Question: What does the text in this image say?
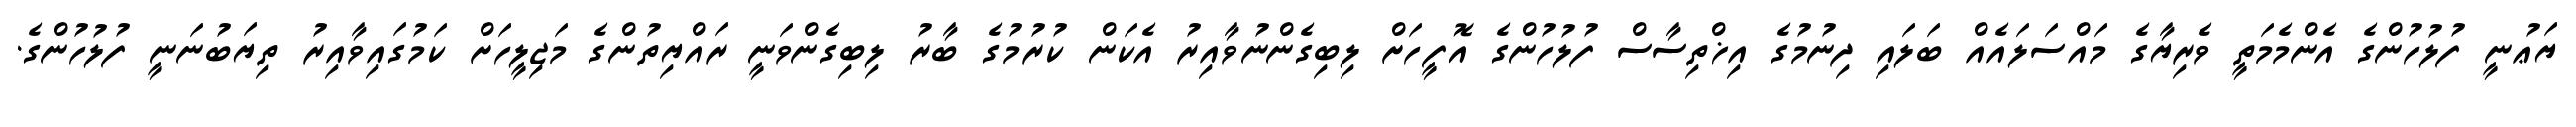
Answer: ޔަޢުނީ ފުލުހުންގެ އެންމެމަތީ ވެރިޔާގެ މައްސަލައެއް ބަލައި ދިނުމުގެ އިޚްތިސާސް ފުލުހުންގެ އޮފީހަށް ލިބިގެންނުވާއިރު އެކަން ކުރުމުގެ ބާރު ލިބިގެންވަނީ ރައްޔިތުންގެ މަޖިލީހަށް ކަމުގައިވާއިރު ތިޔަބުނަނީ ފުލުހުންގެ.